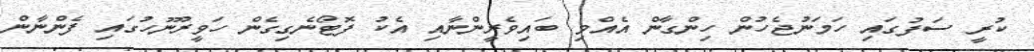
ކުރީ ސަފުގައި ހަމަނުޖެހުން ހިންގާން އެއްވި ބައިވެރީންނާއި އެކު ފޮޓޯނެގިގެން ހަވީރުނޫހުގައި ފެންނާން